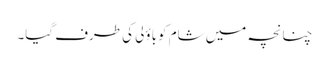
چنانچہ میں شام کوباؤلی کی طرف گیا۔